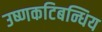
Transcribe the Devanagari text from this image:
उष्णकटिबन्धिय